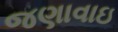
જણાવાઇ